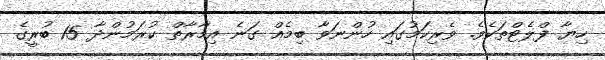
ހިޔާ ފްލެޓްތަކެވެ. ވެރިކަމުގައި ހުންނަވާ ބިމެއް ގަނެ އިމާރާތް ކުރަމުންދާ 15 ބުރީގެ